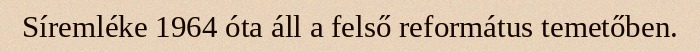
Síremléke 1964 óta áll a felső református temetőben.